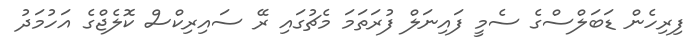
ފިރިހެން ޑަބަލްސްގެ ސެމީ ފައިނަލް ފުރަތަމަ މެޗުގައި ރޭ ސައިރިކްސް ކޮލެޖްގެ އަހުމަދު